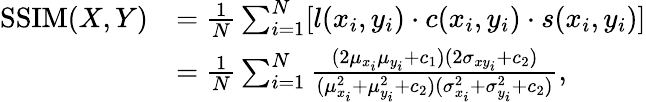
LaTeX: \begin{array}{rl}{\mathrm{SSIM}(X,Y)}&{=\frac{1}{N}\sum_{i=1}^{N}[l(x_{i},y_{i})\cdot c(x_{i},y_{i})\cdot s(x_{i},y_{i})]}\\ &{=\frac{1}{N}\sum_{i=1}^{N}\frac{(2\mu_{x_{i}}\mu_{y_{i}}+c_{1})(2\sigma_{xy_{i}}+c_{2})}{(\mu_{x_{i}}^{2}+\mu_{y_{i}}^{2}+c_{2})(\sigma_{x_{i}}^{2}+\sigma_{y_{i}}^{2}+c_{2})},}\end{array}